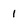
Character: 1